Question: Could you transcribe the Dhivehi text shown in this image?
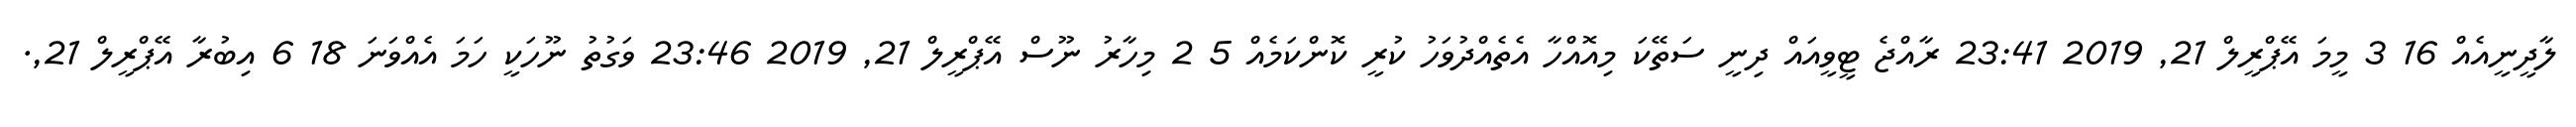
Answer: ލާދީނީއެއް 16 3 މީމަ އޭޕްރީލް 21, 2019 23:41 ރާއްޖެ ޓީވީއައް ދިނީ ސަތޭކަ މިއޮއްހާ އެތެއްދުވަހު ކުރީ ކޮންކަމެއް 5 2 މިހާރު ނޫސް އޭޕްރީލް 21, 2019 23:46 ވަގުތު ނޫހަކީ ހަމަ އެއްވަނަ 18 6 އިބުރާ އޭޕްރީލް 21,.